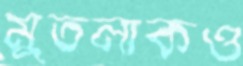
মুতলাকও